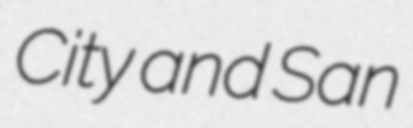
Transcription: City and San